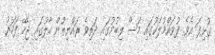
ގުޅިފަ އެވެ. ފުވައްމުލަކުގައި މަސް ލިބުމުގައި ދަތިވެ ރައްޔިތުން ހާލުގައި ޖެހޭ ފަހަރު